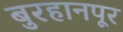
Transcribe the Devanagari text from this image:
बुरहानपूर